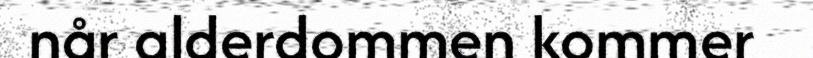
når alderdommen kommer